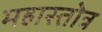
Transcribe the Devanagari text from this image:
महास्तोत्र